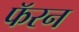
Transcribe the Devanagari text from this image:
फॅरन